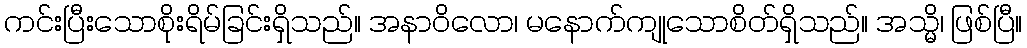
ကင်းပြီးသောစိုးရိမ်ခြင်းရှိသည်။ အနာဝိလော၊ မနောက်ကျုသောစိတ်ရှိသည်။ အသ္မိ၊ ဖြစ်ပြီ။